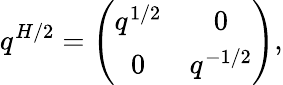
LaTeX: q^{H/2}=\left(\begin{array}{cc}{{q^{1/2}}}&{{0}}\\ {{0}}&{{q^{-1/2}}}\end{array}\right),